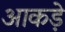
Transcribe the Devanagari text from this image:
आकडे़